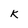
Character: k